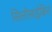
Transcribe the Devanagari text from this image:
सिलोसाईबिन